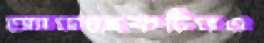
অ্যাডজেকটিভও